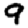
Digit: 9